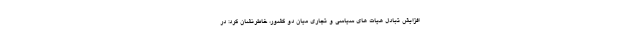
افزایش تبادل هیات های سیاسی و تجاری میان دو کشور، خاطرنشان کرد: در